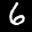
Label: 6